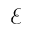
\mathcal { E }